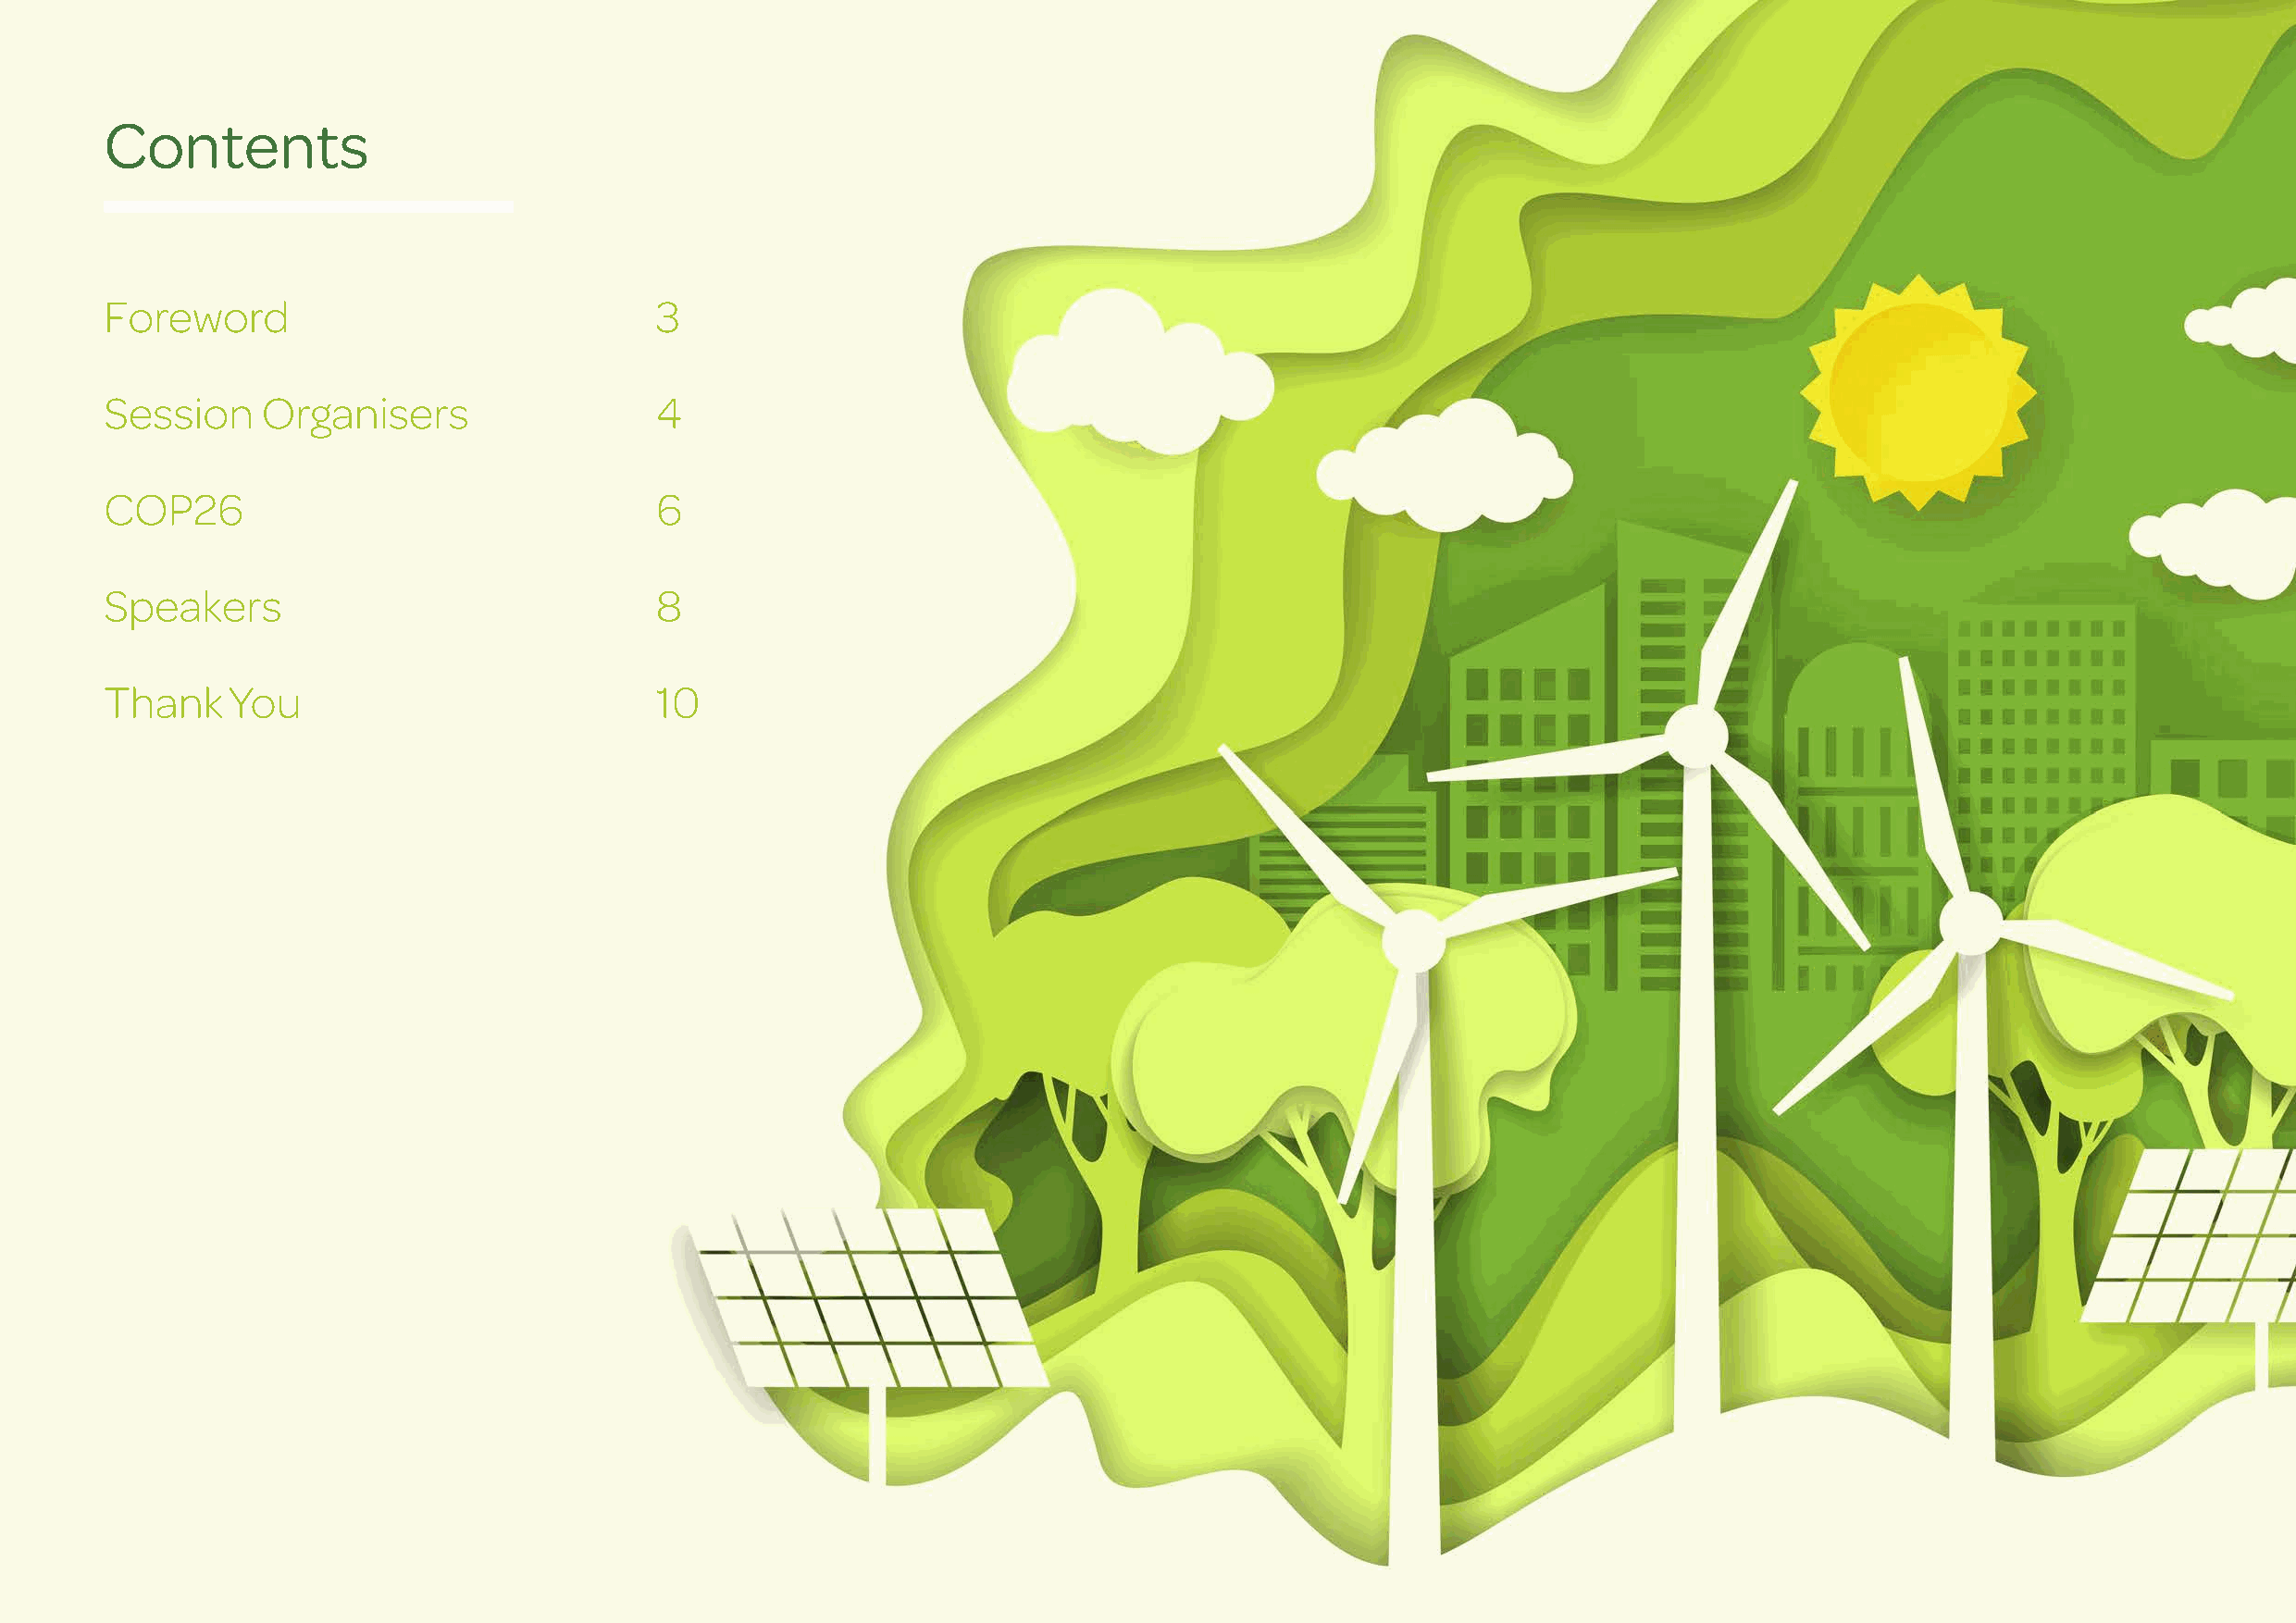
Contents
 Foreword                                3
 Session     Organisers                  4
 COP26                                   6
 Speakers                                8
 Thank    You                            10